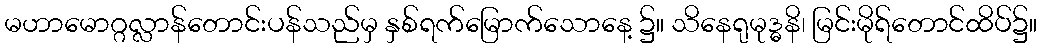
မဟာမောဂ္ဂလ္လာန်တောင်းပန်သည်မှ နှစ်ရက်မြောက်သောနေ့ ၌။ သိနေရုမုဒ္ဓနိ၊ မြင်းမိုရ်တောင်ထိပ်၌။